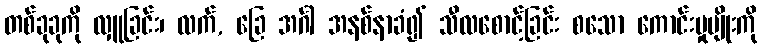
တစ်ခုခုကို လှူခြင်း၊ လက်, ခြေ အင်္ဂါ အနစ်နာခံ၍ သီလစောင့်ခြင်း စသော ကောင်းမှုမျိုးကို